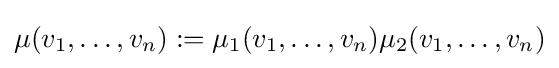
\mu (v_{1},\ldots ,v_{n}):=\mu _{1}(v_{1},\ldots ,v_{n})\mu _{2}(v_{1},\ldots ,v_{n})